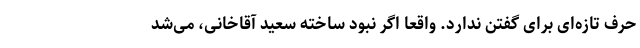
حرف تازه‌ای برای گفتن ندارد. واقعا اگر نبود ساخته سعید آقاخانی، می‌شد